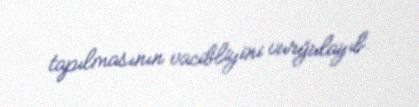
tapılmasının vacibliyini vurğulayıb.